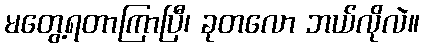
မတွေ့ရတာကြာပြီ၊ ခုတလော ဘယ်လိုလဲ။